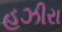
હઝીરા